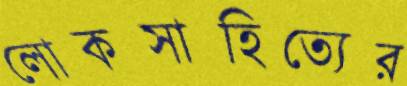
লোকসাহিত্যের